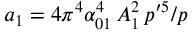
a _ { 1 } = 4 \pi ^ { 4 } \alpha _ { 0 1 } ^ { 4 } \, { \cal A } _ { 1 } ^ { 2 } \, p ^ { \prime 5 } / p